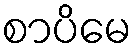
စာပိမေ